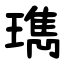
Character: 㻽